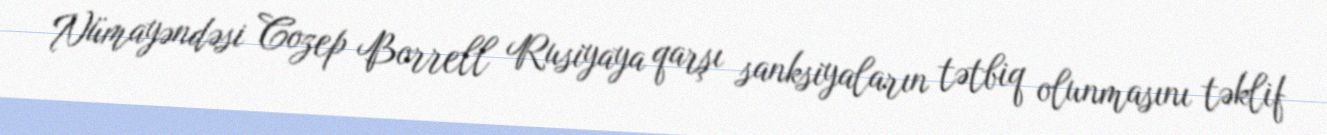
Nümayəndəsi Cozep Borrell Rusiyaya qarşı sanksiyaların tətbiq olunmasını təklif